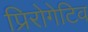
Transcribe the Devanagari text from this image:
प्रिरोगेटिव